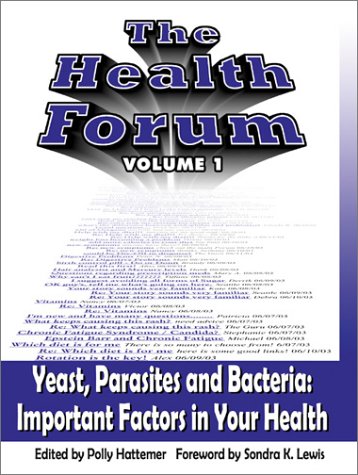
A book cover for The Health Forum: Yeast, Parasites and Bacteria; Polly Hattemer; Health, Fitness & Dieting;